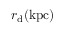
r _ { \mathrm { { \scriptsize d } } } \mathrm { ( k p c ) }